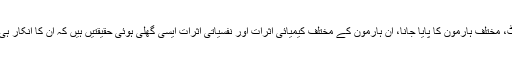
مردوں کی بیرونی اندرونی بناوٹ، مختلف ہارمون کا پایا جانا، ان ہارمون کے مختلف کیمیائی اثرات اور نفسیاتی اثرات ایسی گھلی ہوئی حقیقتیں ہیں کہ ان کا انکار ہی خللِ دماغ کی نشاندہی کرتا ہے۔